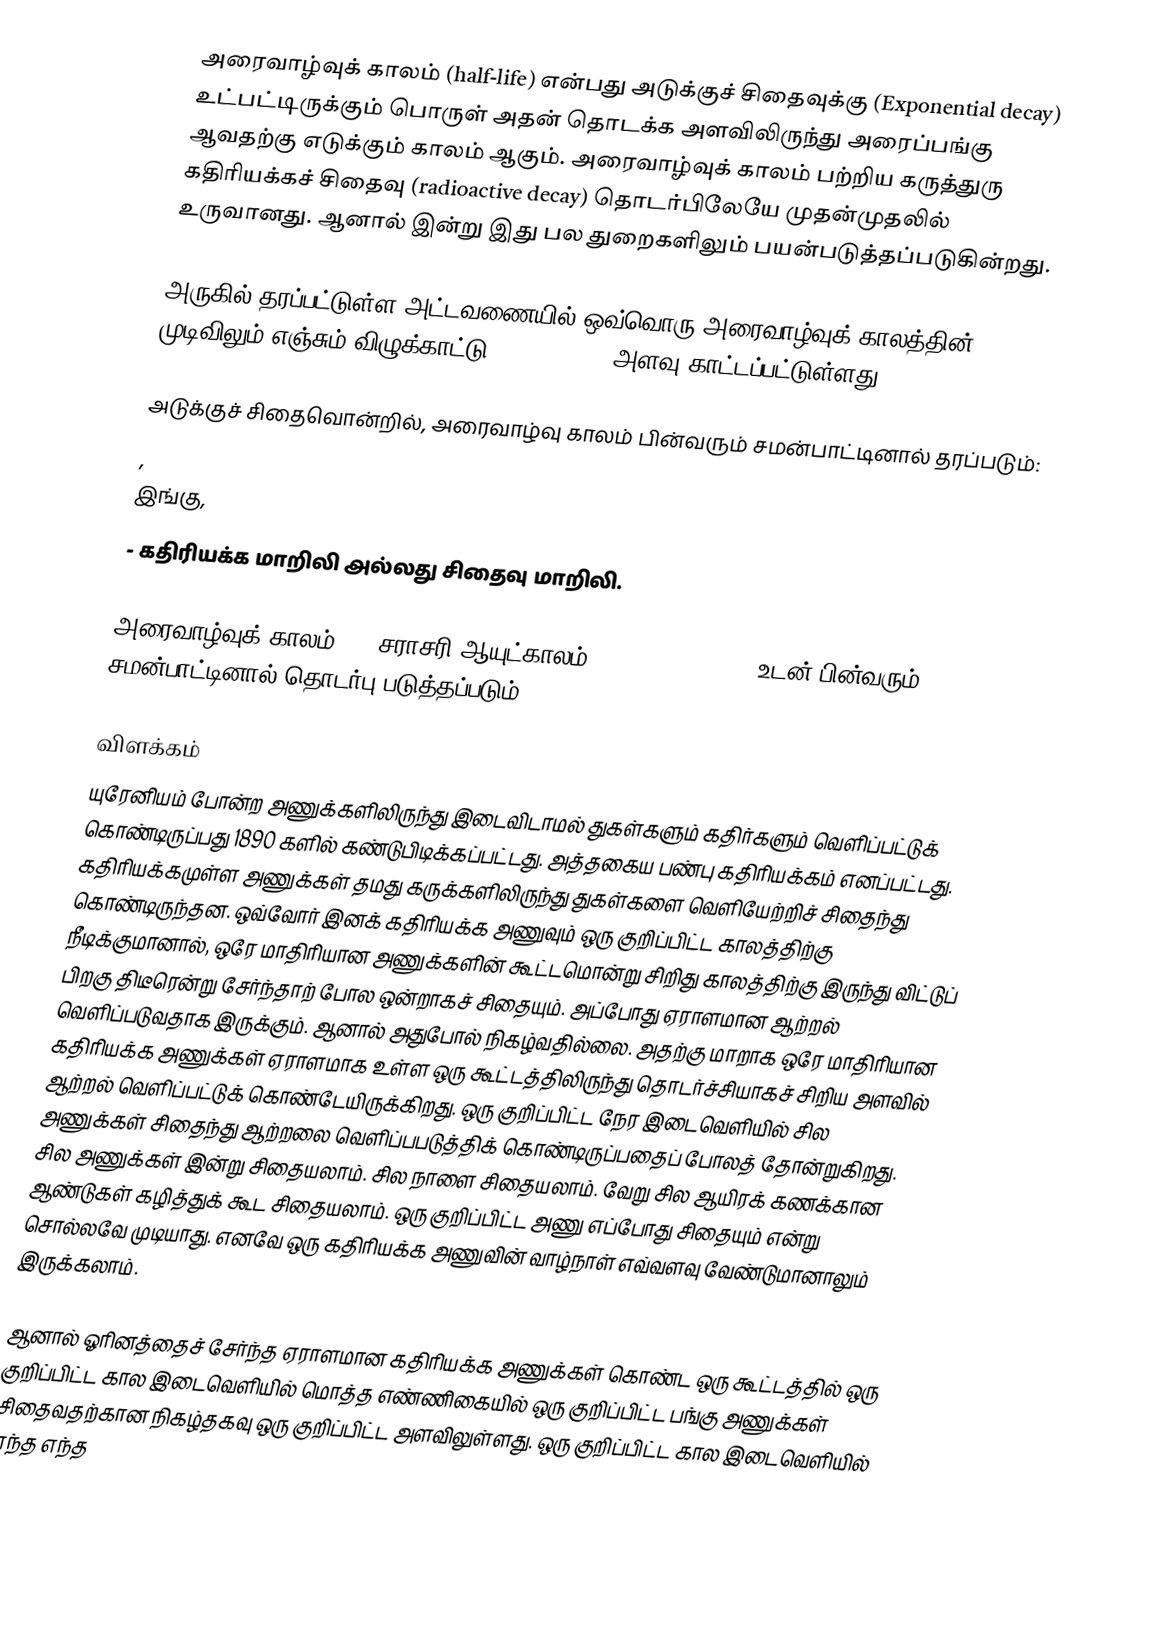
அரைவாழ்வுக் காலம் (half-life) என்பது அடுக்குச் சிதைவுக்கு (Exponential decay) உட்பட்டிருக்கும் பொருள் அதன் தொடக்க அளவிலிருந்து அரைப்பங்கு ஆவதற்கு எடுக்கும் காலம் ஆகும். அரைவாழ்வுக் காலம் பற்றிய கருத்துரு கதிரியக்கச் சிதைவு (radioactive decay) தொடர்பிலேயே முதன்முதலில் உருவானது. ஆனால் இன்று இது பல துறைகளிலும் பயன்படுத்தப்படுகின்றது.

அருகில் தரப்பட்டுள்ள அட்டவணையில் ஒவ்வொரு அரைவாழ்வுக் காலத்தின் முடிவிலும் எஞ்சும் விழுக்காட்டு (percentage) அளவு காட்டப்பட்டுள்ளது.

அடுக்குச் சிதைவொன்றில், அரைவாழ்வு காலம் பின்வரும் சமன்பாட்டினால் தரப்படும்:
,
இங்கு,
  - கதிரியக்க மாறிலி அல்லது சிதைவு மாறிலி.

அரைவாழ்வுக் காலம் (), சராசரி ஆயுட்காலம் (mean lifetime, ) உடன் பின்வரும் சமன்பாட்டினால் தொடர்பு படுத்தப்படும்:

விளக்கம்
யுரேனியம் போன்ற அணுக்களிலிருந்து இடைவிடாமல் துகள்களும் கதிர்களும் வெளிப்பட்டுக் கொண்டிருப்பது 1890 களில் கண்டுபிடிக்கப்பட்டது. அத்தகைய பண்பு கதிரியக்கம் எனப்பட்டது. கதிரியக்கமுள்ள அணுக்கள் தமது கருக்களிலிருந்து துகள்களை வெளியேற்றிச் சிதைந்து கொண்டிருந்தன. ஒவ்வோர் இனக் கதிரியக்க அணுவும் ஒரு குறிப்பிட்ட காலத்திற்கு நீடிக்குமானால், ஒரே மாதிரியான அணுக்களின் கூட்டமொன்று சிறிது காலத்திற்கு இருந்து விட்டுப் பிறகு திடீரென்று சேர்ந்தாற் போல ஒன்றாகச் சிதையும். அப்போது ஏராளமான ஆற்றல் வெளிப்படுவதாக இருக்கும். ஆனால் அதுபோல் நிகழ்வதில்லை. அதற்கு மாறாக ஒரே மாதிரியான கதிரியக்க அணுக்கள் ஏராளமாக உள்ள ஒரு கூட்டத்திலிருந்து தொடர்ச்சியாகச் சிறிய அளவில் ஆற்றல் வெளிப்பட்டுக் கொண்டேயிருக்கிறது. ஒரு குறிப்பிட்ட நேர இடைவெளியில் சில அணுக்கள் சிதைந்து ஆற்றலை வெளிப்பபடுத்திக் கொண்டிருப்பதைப் போலத் தோன்றுகிறது. சில அணுக்கள் இன்று சிதையலாம். சில நாளை சிதையலாம். வேறு சில ஆயிரக் கணக்கான ஆண்டுகள் கழித்துக் கூட சிதையலாம். ஒரு குறிப்பிட்ட அணு எப்போது சிதையும் என்று சொல்லவே முடியாது. எனவே ஒரு கதிரியக்க அணுவின் வாழ்நாள் எவ்வளவு வேண்டுமானாலும் இருக்கலாம்.

ஆனால் ஓரினத்தைச் சேர்ந்த ஏராளமான கதிரியக்க அணுக்கள் கொண்ட ஒரு கூட்டத்தில் ஒரு குறிப்பிட்ட கால இடைவெளியில் மொத்த எண்ணிகையில் ஒரு குறிப்பிட்ட பங்கு அணுக்கள் சிதைவதற்கான நிகழ்தகவு ஒரு குறிப்பிட்ட அளவிலுள்ளது. ஒரு குறிப்பிட்ட கால இடைவெளியில் எந்த எந்த